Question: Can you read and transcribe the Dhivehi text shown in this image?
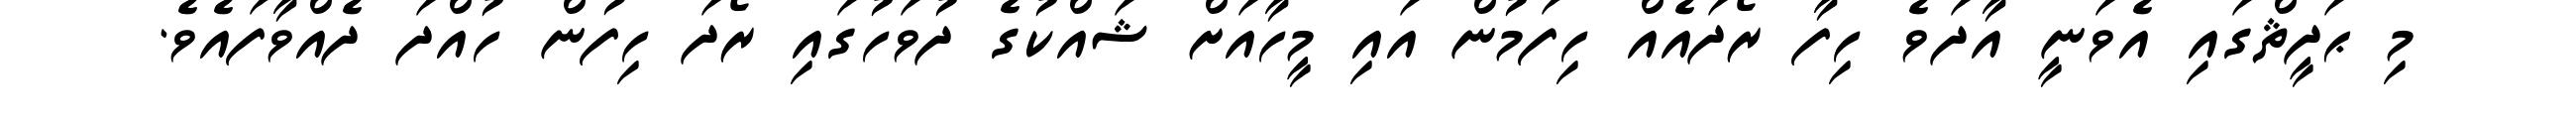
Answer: މި ޙަދީޘްގައި އެވަނީ އާދަވެ ހިފާ ރޯދައެއް ހިފަމުން އައި މީހާއަށް ޝައްކުގެ ދުވަހުގައި ރޯދަ ހިފުން ހުއްދަ ދެއްވާފައެވެ.